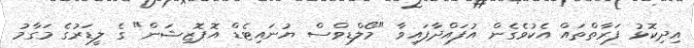
އިދިކޮޅު ފަރާތްތައް އެކުވެގެން އުފައްދާފައިވާ "މޯލްޑިވްސް ޔުނައިޓެޑް އޮޕޮޒިޝަން" ގެ ލީޑަރުގެ މަގާމު